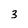
Character: 3